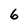
Character: 6